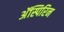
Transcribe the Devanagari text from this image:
अॅस्पिरिन